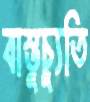
বাস্তুচ্যুতি